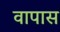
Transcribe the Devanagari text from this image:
वापास